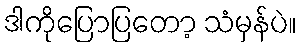
ဒါကိုပြောပြတော့ သံမှန်ပဲ။